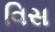
વિસ